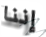
إننا